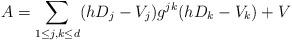
LaTeX: \begin{align*}A= \sum_{1\le j,k\le d}(hD_j-V_j)g^{jk}(hD_k-V_k)+V\end{align*}